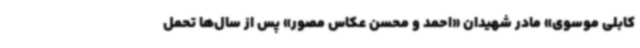
کابلی موسوی» مادر شهیدان «احمد و محسن عکاس مصور» پس از سال‌ها تحمل